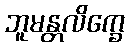
ဘူမန္တလိက္ခေ